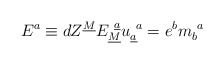
\begin{align*}E^a \equiv dZ^{\underline{M}} E_{\underline{M}}^{~\underline{a}}u_{\underline{a}}^{~a}= e^b m_b^{~a} \qquad\end{align*}